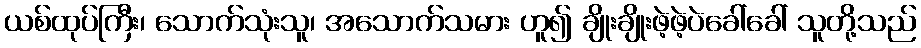
ယစ်ထုပ်ကြီး၊ သောက်သုံးသူ၊ အသောက်သမား ဟူ၍ ချိုးချိုးဖဲ့ဖဲ့ပဲခေါ်ခေါ် သူတို့သည်